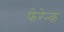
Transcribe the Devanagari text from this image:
फेरेन्क